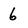
Character: 6